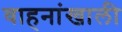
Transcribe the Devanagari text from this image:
वाहनांखाली